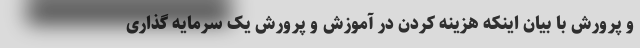
و پرورش با بیان اینکه هزینه کردن در آموزش و پرورش یک سرمایه گذاری